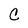
Character: C